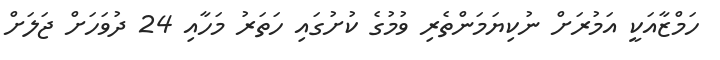
ހަމްޒާއަކީ އަމުރަށް ނުކިޔަމަންތެރި ވުމުގެ ކުށުގައި ހަތަރު މަހާއި 24 ދުވަހަށް ޖަލަށް